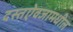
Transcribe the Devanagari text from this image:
दस्तऐवजांमधील